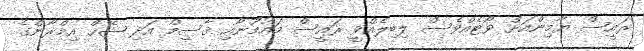
ރައީސް ޔާމިންއަށް ވޯޓެއްވެސް ލިބިލެއްވީ ރައީސް މައުމޫނާއި ޤާސިމް އަދި ޝޭޚް އިމްރާންގެ